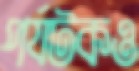
পর্যটকও